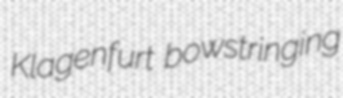
Klagenfurt bowstringing